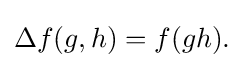
\displaystyle {\Delta f(g,h)=f(gh).}